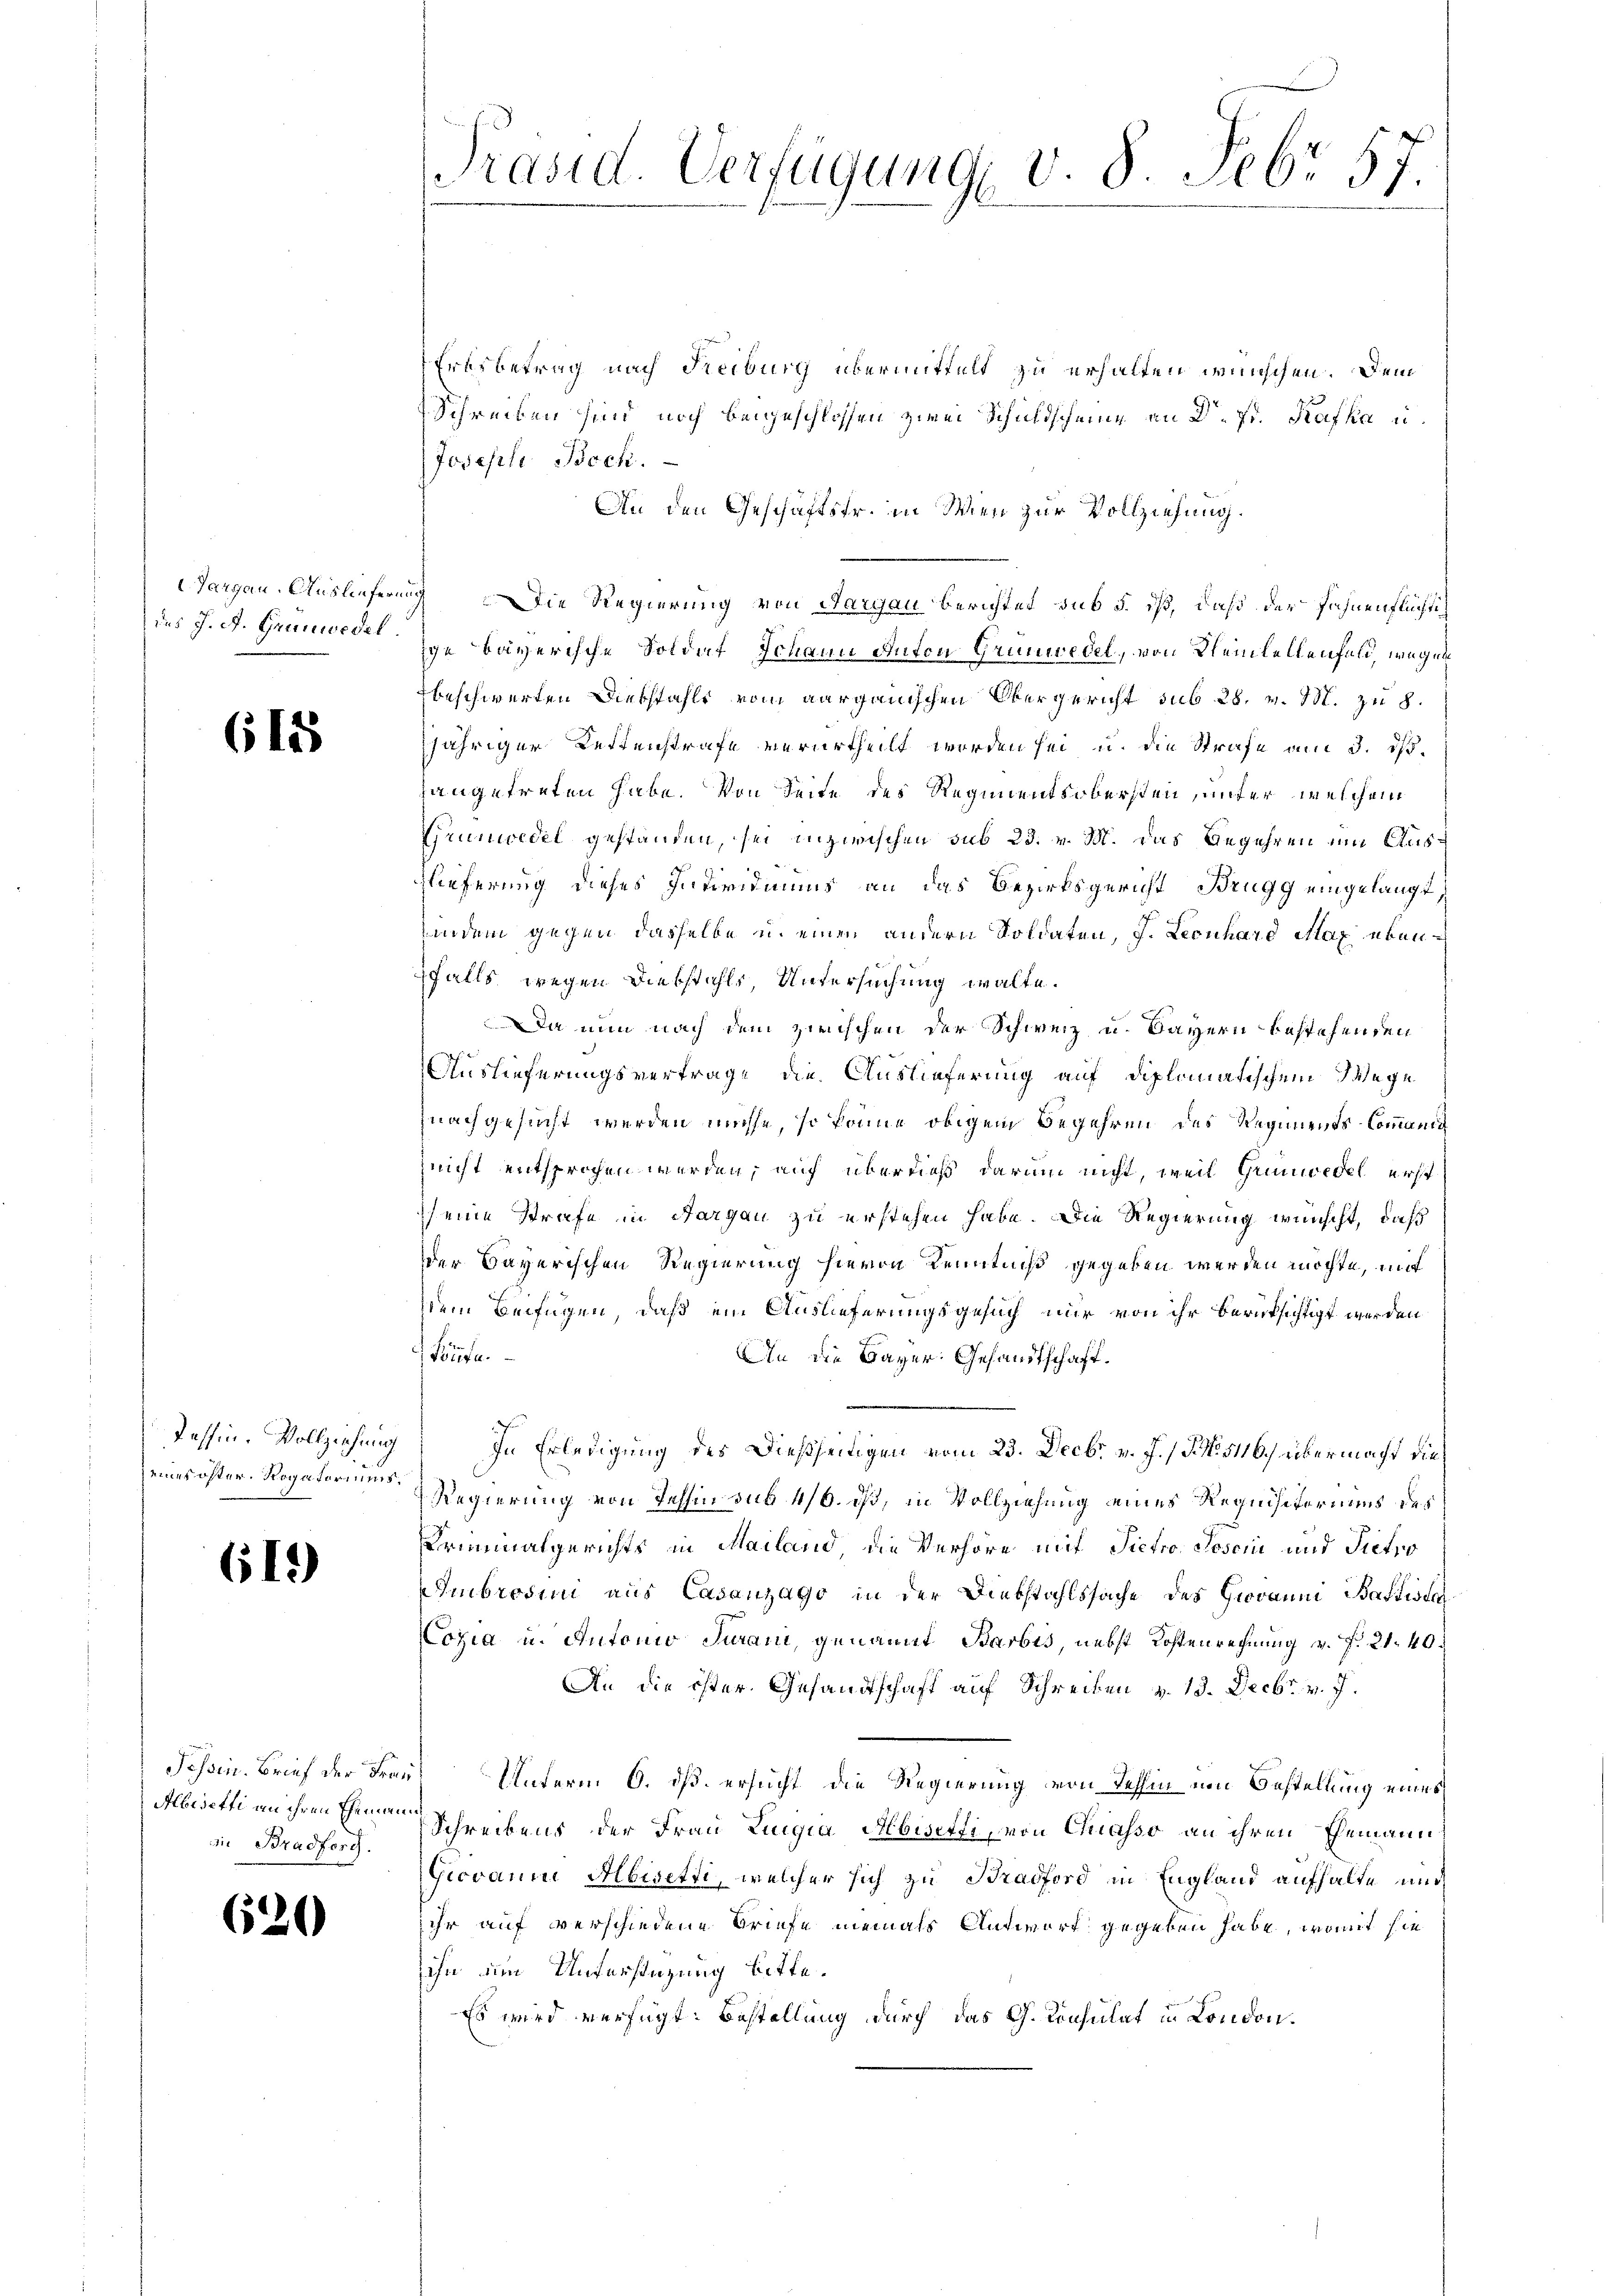
des J. A. Grauwedel

618

Tessin. Vollziehung

612)

Abedetti an ihren Ehemann
in Bradforg.

620

Ertsbetrag nach Freiburg übermittelt zu erhalten wünschen. Dem
Schreiben sind noch beigeschlossen zwei Schildscheine an Dr. Fr. Kafka u.
Joseph Bock.
An den Geschäftsfr. in Wien zur Vollziehung.
Aargau. Auslieferung Die Regierung von Aargau berichtet sub 5. ist, daß der Fahnenflüchtiige Bayerische Soldat Johann Anton Grünwedel, von Kleinhellenfeld, wegen
beschwerten Diebstahls vom aarganischen Obergericht sub 28. v. M. zu 8
jähriger Lettenstrafe verurtheilt worden sei, u. die Strafe am 3. ist.
hangetreten habe. Von Seite des Regimentsobersten, unter welchem
Grünwedel gestanden, sei inzwischen sub 23. v. M. das Gegehren um Ausslieferung dieses Individuums an das Bezirksgericht Brugg eingelangt,
indem gegen dasselbe u. einen andern Soldaten, J. Leonhard Max eben
falls wegen Diebstahls, Untersuchung walte.
Da nun nach dem zwischen der Schweiz u. Bayern bestehenden
Auslieferungsvertrage die Auslieferung auf diplomatischem Wege
znachgesucht werden müsse, so könne obigem Begehren des Regiments-Commanig
nicht entsprochen werden, auf überdieß darum nicht, weil Grünwedel erst
eine Strafe in Aargau zu erstehen habe. Die Regierung wünscht, daß
der Bayerischen Regierung hievon Kenntniß gegeben werden möchte, mit
dem Beifügen, daß ein Auslieferungsgesuch nur von ihr berücksichtigt werden
könnte.
An die Bayer Gesandtschaft.
In Erledigung des Dießseitigen vom 23. Decbr v. J. / N. N. 5116.) übermacht die
eines öfter Rogatorenen Regierung von Tessin sub 4/6. ist, in Vollziehung eines Requisiteriums des
Criminalgerichts in Mailand, die Verhöre mit Sietro Posen und Pietro
mbrosimi aus Casanzago in der Diebstahlssache des Hieraum Baftwerd
Copia u. Antonio Juan, genannt Barbis, nebst Kostenrechnung v. f. 21. 40.
An die öster. Gesandtschaft auf Schreiben v. 13. Decbr. v. J.
Tessin. Brief der Frau Unterm 6. dß ersucht die Regierung von Tehhin um Bestellung eines
Schreibens der Frau Luigia Albiserti, von Quasso an ihren Ehemann
Giovann Abisetii, welcher sich zu Bradford in England aufhalte und
ihr auf verschiedene Briefe niemals Antwort gegeben habe, womit sie
ihn am Unterstüzung bitte.
Es wird verfügt: Bestellung durch das G. Consulat in London

Präsid. Verfügung v. 8. Febr. 57
1